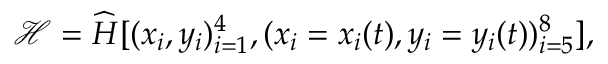
\mathcal { H } = \widehat { H } [ ( x _ { i } , y _ { i } ) _ { i = 1 } ^ { 4 } , ( x _ { i } = x _ { i } ( t ) , y _ { i } = y _ { i } ( t ) ) _ { i = 5 } ^ { 8 } ] ,